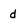
Character: d